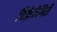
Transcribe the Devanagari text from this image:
विक्रेतेगिरी